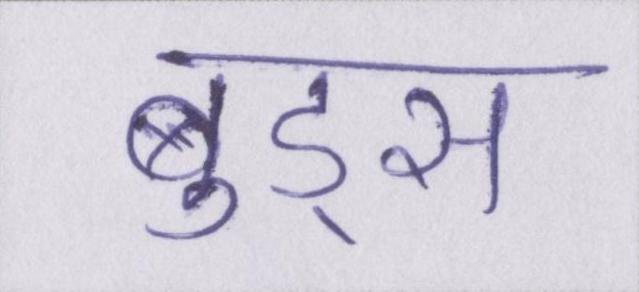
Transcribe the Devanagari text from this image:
वुड्स